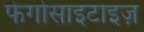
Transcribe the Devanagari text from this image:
फेगोसाइटाइज़